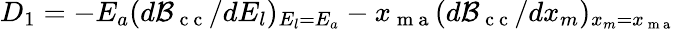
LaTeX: D_{1}=-E_{a}(d{\cal B}_{\mathrm{~c~c~}}/dE_{l})_{E_{l}=E_{a}}-x_{\mathrm{~m~a~}}(d{\cal B}_{\mathrm{~c~c~}}/dx_{m})_{x_{m}=x_{\mathrm{~m~a~}}}